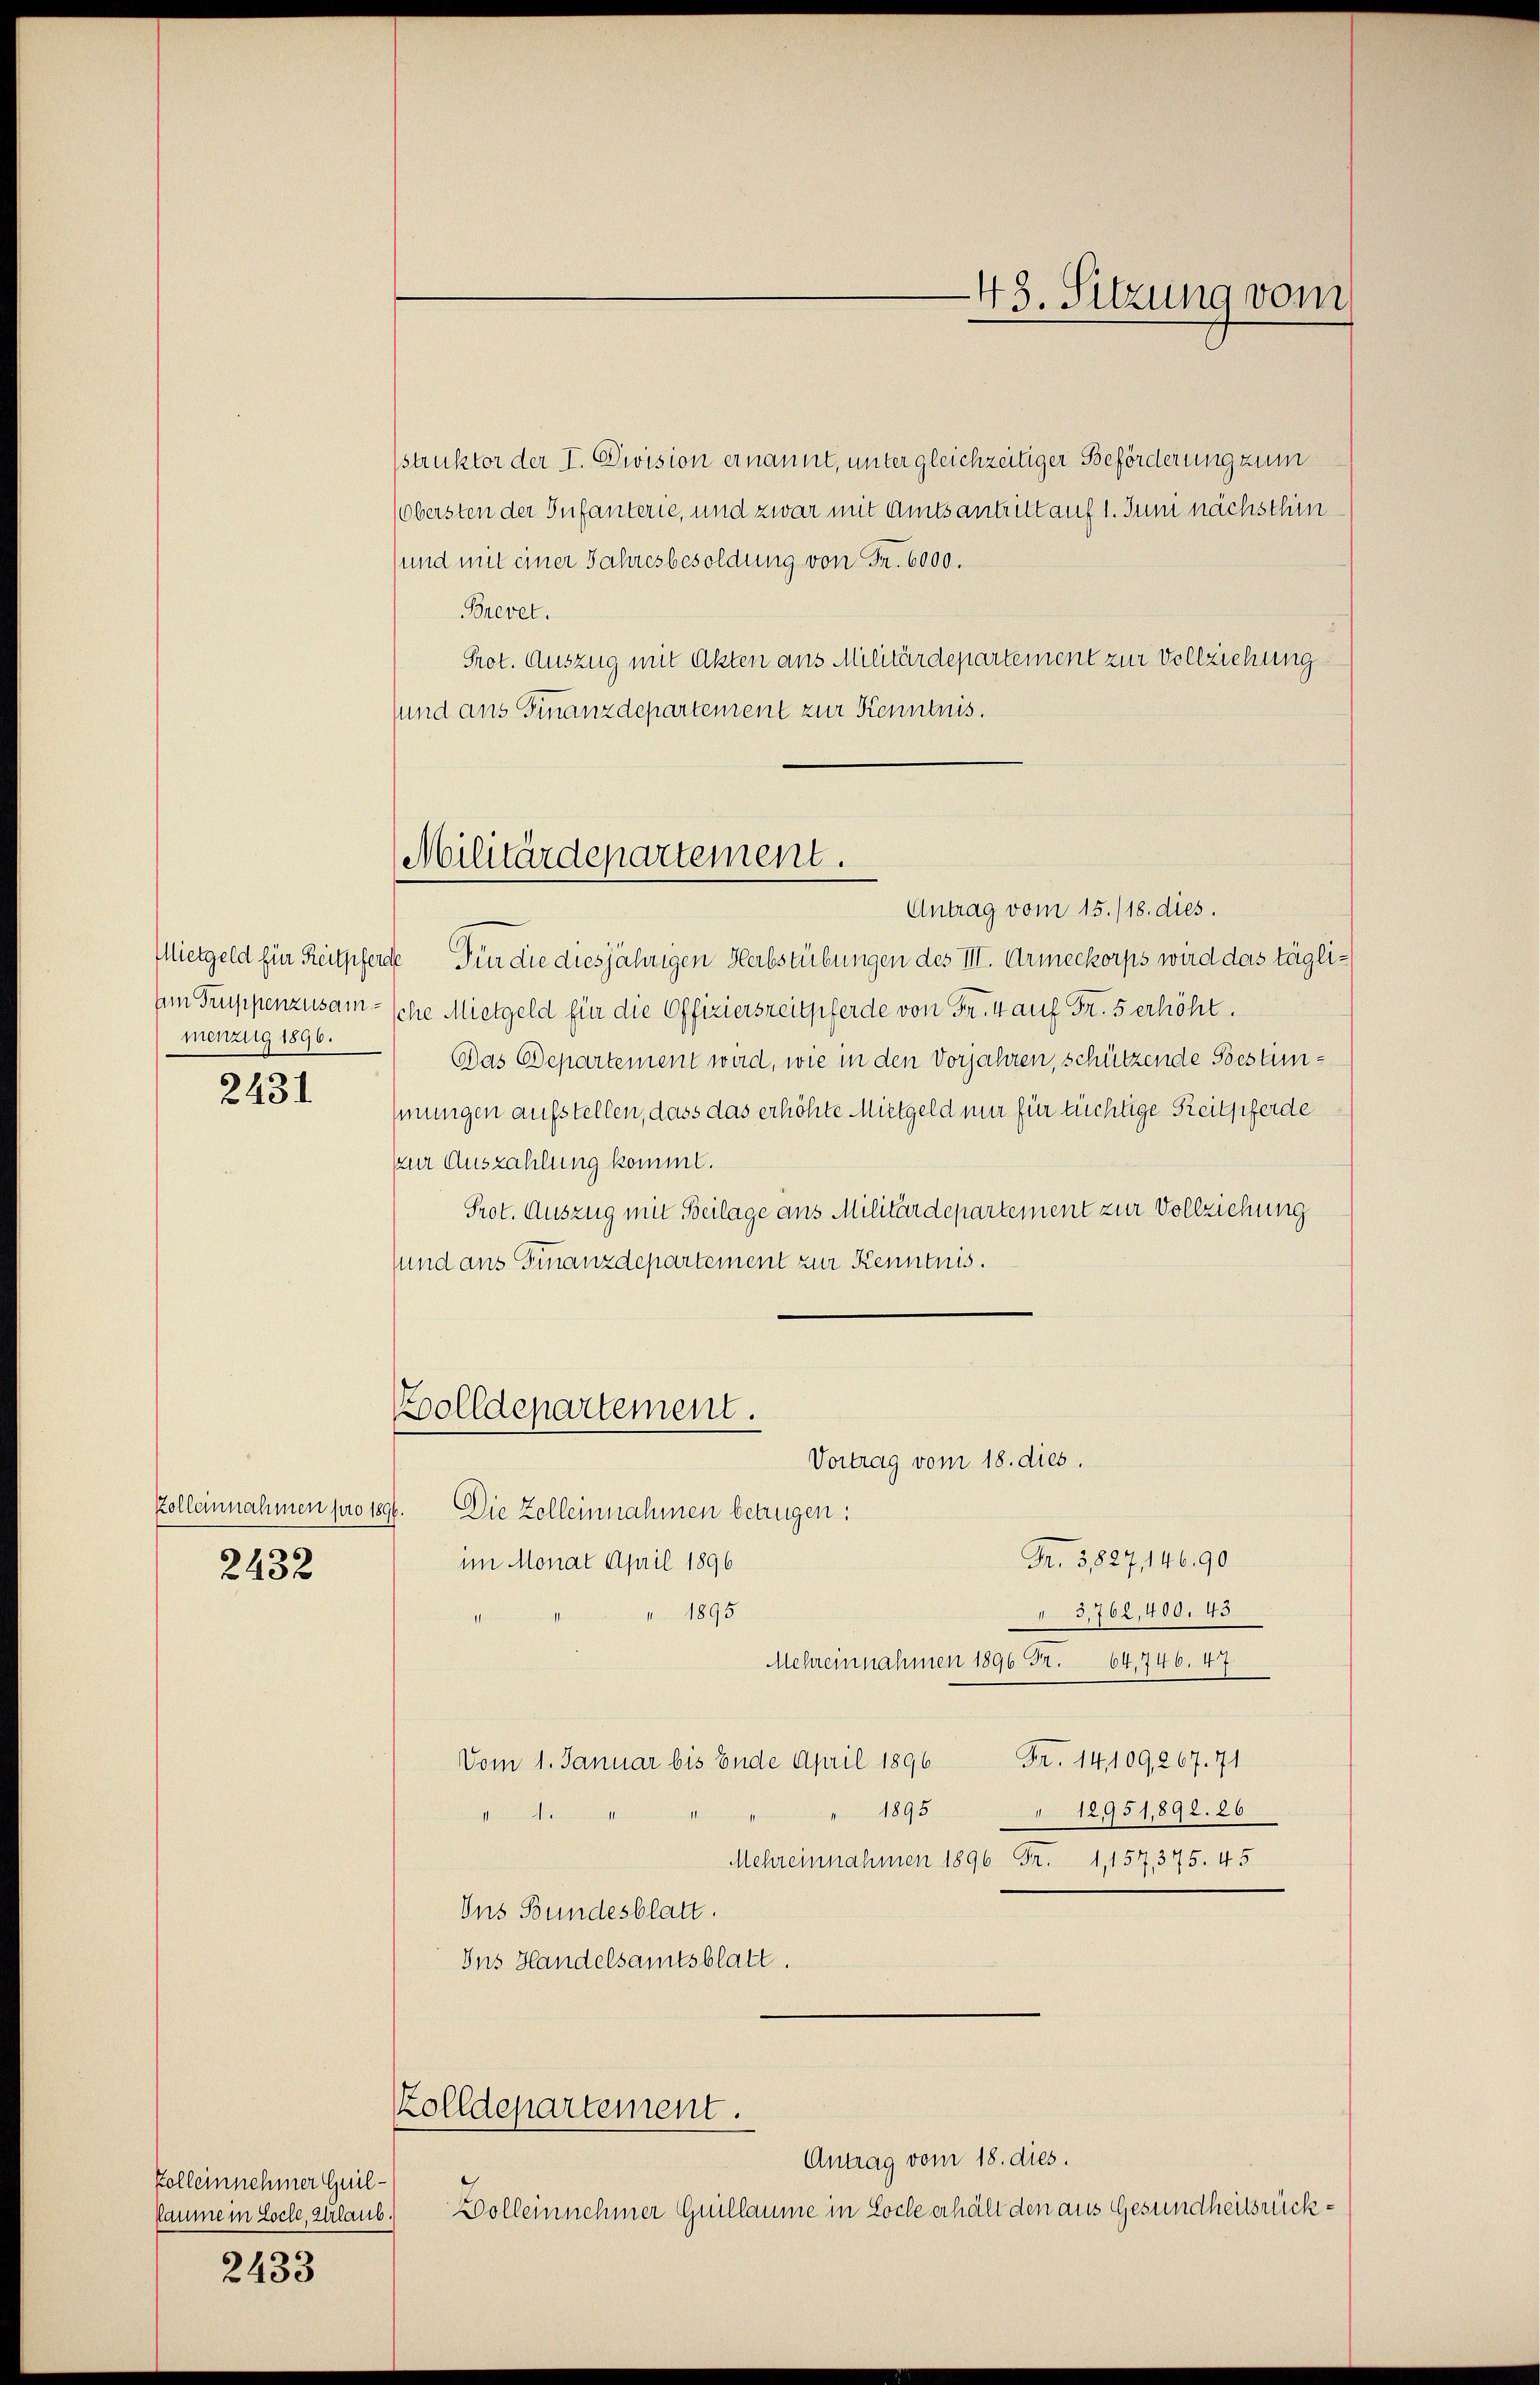
menzug 1896.

2431

kolleinnahmen pro 1896.

2432

struktor der I. Division ernannt, unter gleichzeitiger Beförderung zum
(obersten der Infanterie, und zwar mit Amtsantritt auf 1. Juni nächsthin
(und mit einer Jahresbesoldung von Fr. 6000.
Brevet.
Prot. Auszug mit Akten aus Militärdepartement zur Vollziehung
sund aus Finanzdepartement zur Kenntnis.

Zolleinnehmer Guillaume in Loche, Urlaub.
2433

Militärdepartement.

Apolldepartement.
Vortrag vom 18. dies.

Antrag vom 15./18. dies.
Mietgeld für Reitpferde Für die diesjährigen Herbstübungen des III. Armeekorps wird das täglisen Truppenzusam- sche Mietgeld für die Offizierszeitpferde von Fr. 4 auf Fr. 5 erhöht.
Das Departement wird, wie in den Vorjahren, schützende Bestimhmungen aufstellen, dass das erhöhte Mietgeld nur für tüchtige Reitpferde
zur Auszahlung kommt.
Prot. Auszug mit Beilage aus Militärdepartement zur Vollziehung
sund ans Finanzdepartement zur Kenntnis.

Die Zolleinnahmen bezügen:
Fr. 5827, 14690
im Monat April 1896
3,762,400. 43
1895
Mehreinnahmen 1896 Fr. 64, 746. 47
Vom 1. Januar bis Ende April 1896 Fr. 14109, 267. 71
1895
12951,892. 26

Mehreinnahmen 1896 Fr. 1,157, 375. 45
Ins Bundesblatt.
Ins Handelsamtsblatt.

Antrag vom 18. dies.
Bolleinnehmer Guillaume in Loche erhält den aus Gesundheitsrück¬

Zolldepartement.

48. Sitzung vom